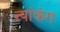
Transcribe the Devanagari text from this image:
त्यांकंग